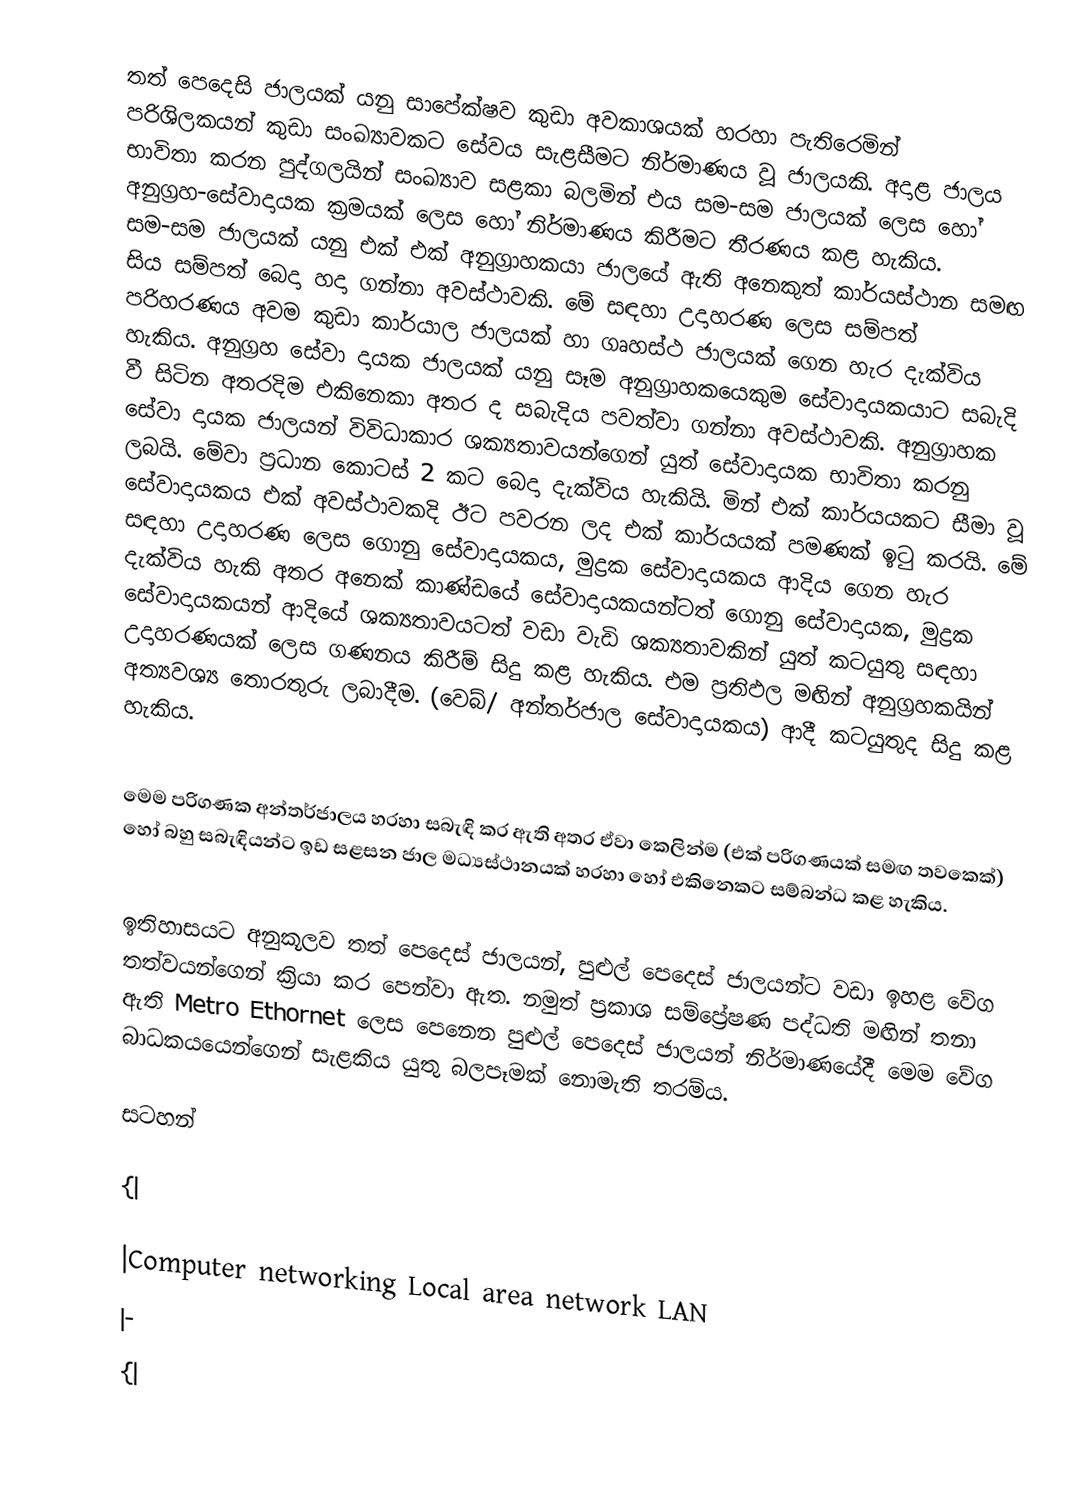
තත් පෙදෙසි ජාලයක් යනු සාපේක්ෂව කුඩා අවකාශයක් හරහා පැතිරෙමින් පරිශිලකයන් කුඩා සංඛ්‍යාවකට සේවය  සැළසීමට නිර්මාණය වූ ජාලයකි. අදාළ ජාලය භාවිතා කරන පුද්ගලයින් සංඛ්‍යාව සළකා බලමින් එය සම-සම ජාලයක් ලෙස හෝ අනුග්‍රහ-සේවාදායක ක්‍රමයක් ලෙස හෝ නිර්මාණය කිරීමට තීරණය කළ හැකිය. සම-සම ජාලයක් යනු එක් එක් අනුග්‍රාහකයා ජාලයේ ඇති අනෙකුත් කාර්යස්ථාන සමඟ සිය සම්පත් බෙදා හදා ගන්නා අවස්ථාවකි. මේ සඳහා උදාහරණ ලෙස සම්පත් පරිහරණය අවම කුඩා කාර්යාල ජාලයක් හා ගෘහස්ථ ජාලයක් ගෙන හැර දැක්විය හැකිය. අනුග්‍රහ සේවා දායක ජාලයක් යනු සෑම අනුග්‍රාහකයෙකු‍ම සේවාදායකයාට සබැදි වී සිටින අතරදිම එකිනෙකා අතර ද සබැදිය පවත්වා ගන්නා අවස්ථාවකි. අනුග්‍රාහක සේවා දායක ජාලයන් විවිධාකාර ශක්‍යතාවයන්ගෙන් යුත් සේවාදායක භාවිතා කරනු ලබයි. මේවා ප්‍රධාන කොටස් 2 කට බෙදා දැක්විය හැකියි. මින් එක් කාර්යයකට සීමා වූ සේවාදායකය එක් අවස්ථාවකදි ඊට පවරන ලද එක් කාර්යයක් පමණක් ඉටු කරයි. මේ සඳහා උදාහරණ ලෙස ගොනු සේවාදායකය, මුද්‍රක සේවාදායකය ආදිය ගෙන හැර දැක්විය හැකි අතර අනෙක් කාණ්ඩයේ සේවාදායකයන්ටත් ගොනු සේවාදායක, මුද්‍රක ‍සේවාදායකයන් ආදි‍යේ ශක්‍යතාවයටත් වඩා වැඩි ශක්‍යතාවකින් යුත් කටයුතු සඳහා උදාහරණයක් ලෙස ගණනය කිරීම් සිදු කළ හැකිය. එම ප්‍රතිඵල මඟින් අනුග්‍රහකයින් අත්‍යවශ්‍ය තොරතුරු ලබාදීම. (වෙබ්/ අන්තර්ජාල සේවාදායකය) ආදී කටයුතුද සිදු කළ හැකිය.

මෙම පරිගණක අන්තර්ජාලය හරහා සබැඳි කර ඇති අතර ඒවා කෙලින්ම (එක් පරිගණයක් සමඟ තවකෙක්) හෝ බහු සබැඳියන්ට ඉඩ සළසන ජාල මධ්‍යස්ථානයක් හරහා හෝ එකිනෙකට සම්බන්ධ කළ හැකිය.

ඉතිහාසයට අනුකූලව තත් පෙදෙස් ජාලයන්, පුළුල් පෙදෙස් ජාලයන්ට වඩා ඉහළ වේග තත්වයන්ගෙන් ක්‍රියා කර පෙන්වා ඇත. නමුත් ප්‍රකාශ සම්ප්‍රේෂණ පද්ධති මඟින් තනා ඇති Metro Ethornet ලෙස පෙනෙන පුළුල් පෙදෙස් ජාලයන් නිර්මාණයේදී මෙම වේග බාධකයයෙන්ගෙන් සැළකිය යුතු බලපෑමක් නොමැති තරම්ය.

සටහන්

{|

|Computer networking Local area network LAN
|-
{|